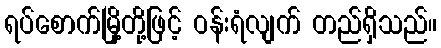
ရပ်စောက်မြို့တို့ဖြင့် ဝန်းရံလျက် တည်ရှိသည်။